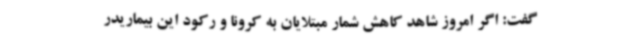
گفت: اگر امروز شاهد کاهش شمار مبتلایان به کرونا و رکود این بیماریدر